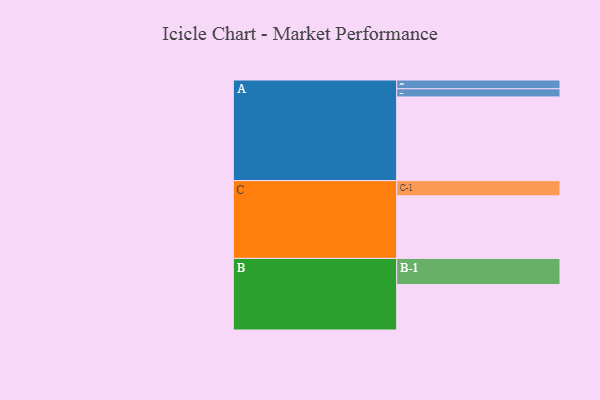
{"axis": {"x": "Segment", "y": "Value"}, "legend": ["", "A", "B", "C"], "data": [{"x": "A", "y": 582, "type": ""}, {"x": "B", "y": 316, "type": ""}, {"x": "C", "y": 435, "type": ""}, {"x": "A-1", "y": 61, "type": "A"}, {"x": "A-2", "y": 57, "type": "A"}, {"x": "B-1", "y": 182, "type": "B"}, {"x": "C-1", "y": 106, "type": "C"}]}